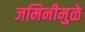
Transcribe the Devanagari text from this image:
जमिनीमुळे